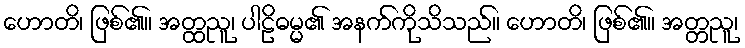
ဟောတိ၊ ဖြစ်၏။ အတ္ထညူ၊ ပါဠိဓမ္မ၏ အနက်ကိုသိသည်။ ဟောတိ၊ ဖြစ်၏။ အတ္တညူ၊